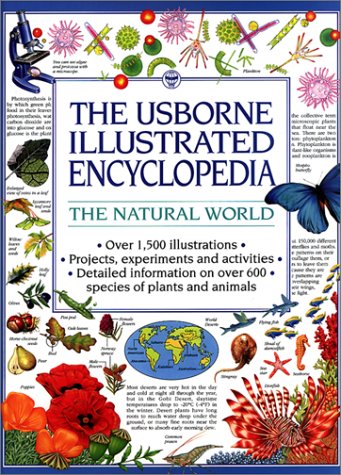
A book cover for The Usborne Illustrated Encyclopedia: The Natural World (Usborne Illustrated Encyclopedias); Lisa Watts; Reference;